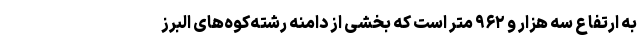
به ارتفاع سه هزار و ۹۶۲ متر است که بخشی از دامنه رشته‌کوه‌های البرز